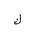
Letter: _kaf